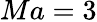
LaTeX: Ma=3